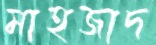
মাহজাদ